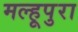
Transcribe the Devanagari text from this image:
मल्हूपुरा